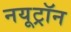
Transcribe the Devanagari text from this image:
नयूट्रॉन